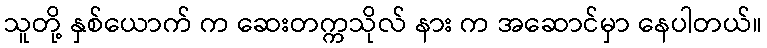
သူတို့ နှစ်ယောက် က ဆေးတက္ကသိုလ် နား က အဆောင်မှာ နေပါတယ်။